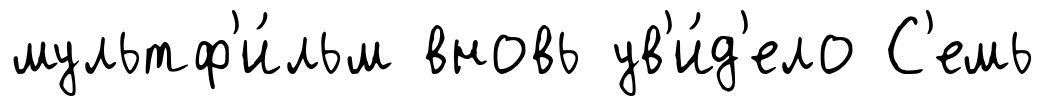
мультф'и́льм вновь ув'и́д'ело С'емь